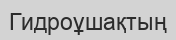
Гидроұшақтың